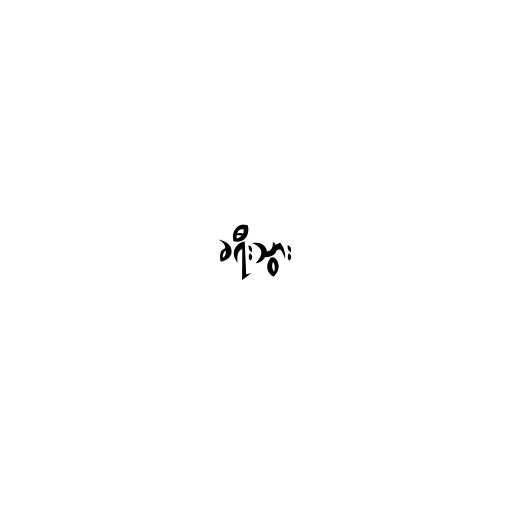
ခရီးသွား